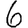
Digit: 6